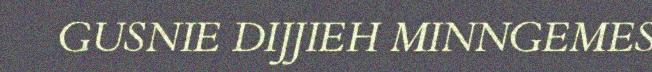
GUSNIE DIJJIEH MINNGEMES